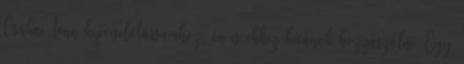
Csákai Iván képviselőtársamhoz, én is ehhez kívánok hozzászólni. Egy